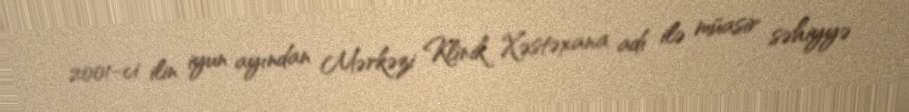
2001-ci ilin iyun ayından Mərkəzi Klinik Xəstəxana adı ilə müasir səhiyyə